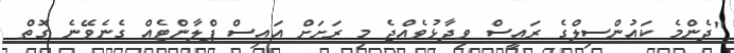
"ދެންމެ ކައުންސިލްގެ ރައީސް ވިދާޅުވެއްޖެ މި ރަށަށް އައިސް ޕްލާންޓެއް ގެނެވޭނެ ގޮތް